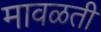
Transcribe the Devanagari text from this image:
मावळती